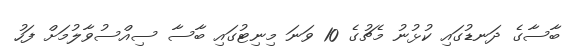
ބާސާގެ ދަނޑުގައި ކުޅުނު މެޗުގެ 10 ވަނަ މިނިޓުގައި ބާސާ ސިއްސުވާލުމަށް ފަހު